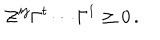
LaTeX: \mathcal { Z } ^ { i j } \Gamma ^ { t } \cdots \Gamma ^ { 1 } \geq 0 \, .